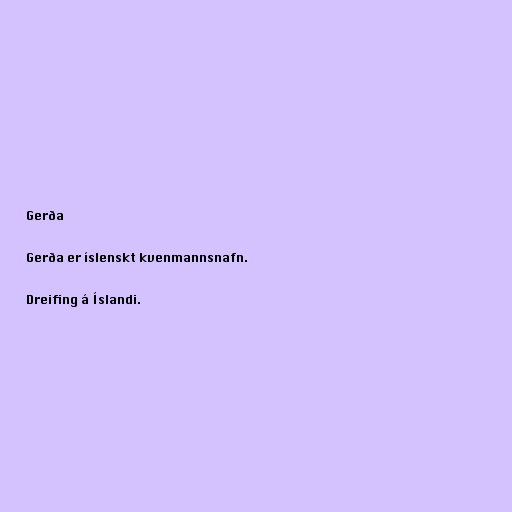
Gerða

Gerða er íslenskt kvenmannsnafn.

Dreifing á Íslandi.